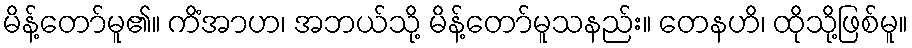
မိန့်တော်မူ၏။ ကိံအာဟ၊ အဘယ်သို့ မိန့်တော်မူသနည်း။ တေနဟိ၊ ထိုသို့ဖြစ်မူ။